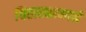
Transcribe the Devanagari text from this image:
चितारकामाने